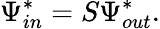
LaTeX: \Psi_{in}^{*}=S\Psi_{out}^{*}.